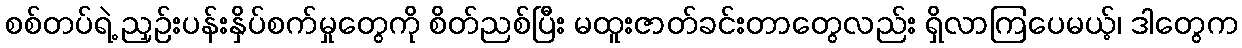
စစ်တပ်ရဲ့ ညှဉ်းပန်းနှိပ်စက်မှုတွေကို စိတ်ညစ်ပြီး မထူးဇာတ်ခင်းတာတွေလည်း ရှိလာကြပေမယ့်၊ ဒါတွေက